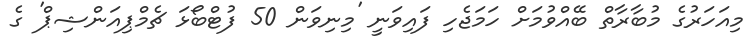
މިއަހަރުގެ މުބާރާތް ބޭއްވުމަށް ހަމަޖެހި ފައިވަނީ 'މިނިވަން 50 ފުޓްބޯޅަ ޗެމްޕިއަންޝިޕް' ގެ